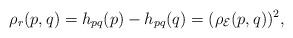
LaTeX: \begin{gather*}\rho_r(p,q)=h_{pq}(p)-h_{pq}(q)=(\rho_{\mathcal E}(p, q))^2,\end{gather*}